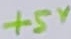
Text: +5V